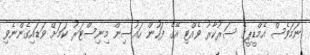
ނަމަވެސް އެމްޑީޕީގެ ސަރުކާރު ވެއްޓި އޭގެ ފަހުން ހައުސިން މިނިސްޓަރު ކަމަށް ވަޑައިގެންނެވި